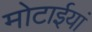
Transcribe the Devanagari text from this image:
मोटाईयां